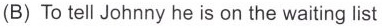
(B) To tell Johnny he is on the waiting list